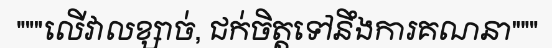
"""លើវាលខ្សាច់, ជក់ចិត្តទៅនឹងការគណនា"""